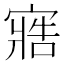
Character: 𭔏